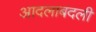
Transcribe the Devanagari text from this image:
आदलाबदली